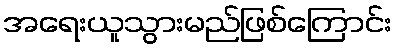
အရေးယူသွားမည်ဖြစ်ကြောင်း